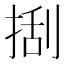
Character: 𢯔